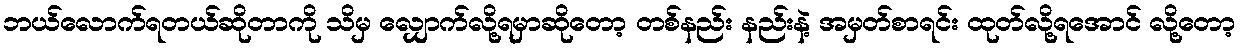
ဘယ်လောက်ရတယ်ဆိုတာကို သိမှ လျှောက်လို့ရမှာဆိုတော့ တစ်နည်း နည်းနဲ့ အမှတ်စာရင်း ထုတ်လို့ရအောင် လို့တော့